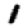
Digit: 1